Civil Veterinary Department. United Provinces 1932-42 - 1932-1942
Year: 1932
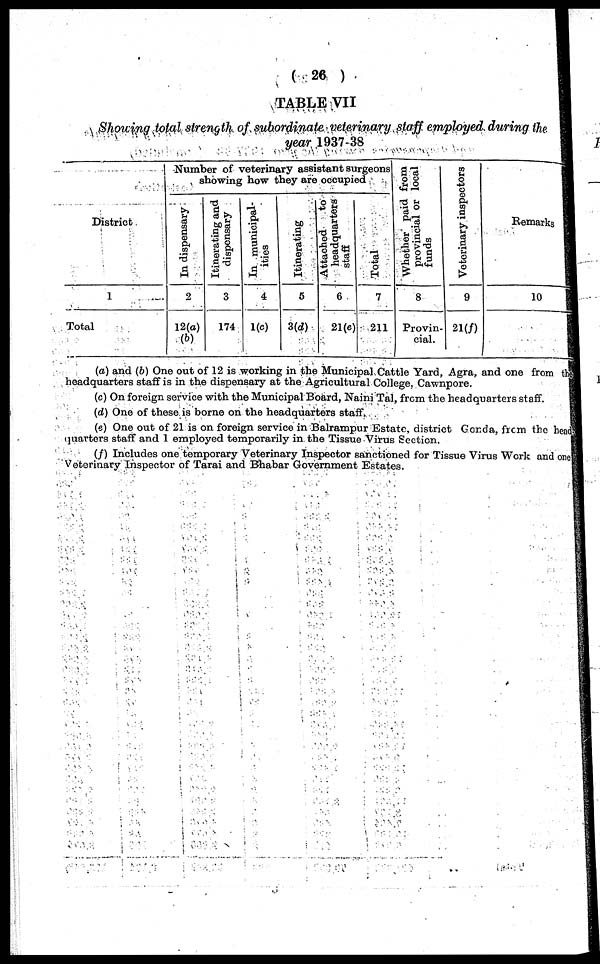
(26)
TABLE VII
Showing total strength of subordinate veterinary staff employed during the
year 1937-38
District
1
Total
Number of veterinary assistant surgeons
showing how they are occupied
In dispensary
2
12(a)
(b)
Itinerating and
dispensary
3
174
In municipal-
ities
4
1(c)
Itinerating
5
3(d)
Attached to
headquarters
staff
6
21(c)
Total
7
211
Whether paid from
provincial or local
funds
8
Provin-
cial.
Veterinary inspectors
9
21(f)
Remarks
10
(a) and (b) One out of 12 is working in the Municipal Cattle Yard, Agra, and one from the
headquarters staff is in the dispensary at the Agricultural College. Cawnpore.
(c) On foreign service with the Municipal Board, Naini Tal, from the headquarters staff.
(d) One of these is borne on the headquarters staff.
(e) One out of 21 is on foreign service in Balrampur Estate, district Gonda, from the head
quarters staff and 1 employed temporarily in the Tissue Virus Section.
(f) Includes one temporary Veterinary Inspector sanctioned for Tissue Virus Work and one
Veterinary Inspector of Tarai and Bhabar Government Estates.